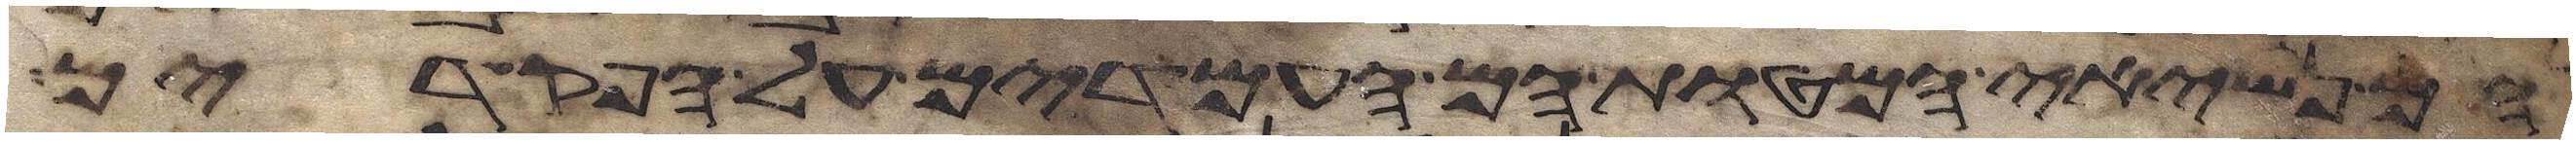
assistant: הם נשיאי המטות הם העמדים על הפקדים